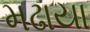
મઢાયા